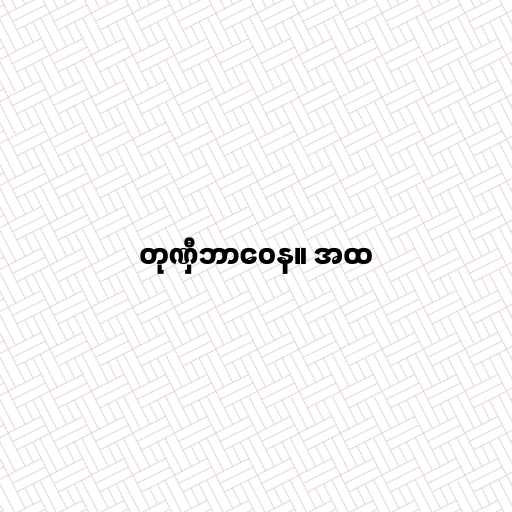
တုဏှီဘာဝေန။ အထ